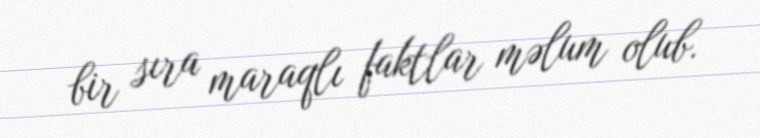
bir sıra maraqlı faktlar məlum olub.